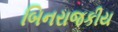
બિનરાજકીય